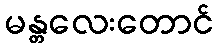
မန္တလေးတောင်